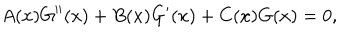
LaTeX: A ( x ) G ^ { \prime \prime } ( x ) + B ( x ) G ^ { \prime } ( x ) + C ( x ) G ( x ) = 0 ,